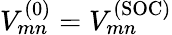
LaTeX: V_{mn}^{(0)}=V_{mn}^{(\mathrm{SOC)}}